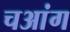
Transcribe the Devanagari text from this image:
चआंग